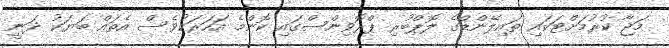
މަޖާ ކުރުމަށްޓަކައި ތައިލޭންޑްގެ ލޮޕްބުރި ޕްރޮވިންސްގައި ކޮންމެ އަހަރަކުވެސް އެތައް ބަޔަކު ދަނީ